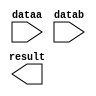
module MULT_sumXsq (
	dataa,
	datab,
	result);

	input	[25:0]  dataa;
	input	[23:0]  datab;
	output	[49:0]  result;

endmodule